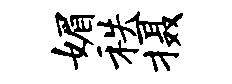
媚秩摄